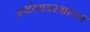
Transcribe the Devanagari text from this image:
अर्थव्यवस्थापन